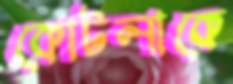
কোটলাকে